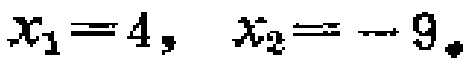
\(x_{1}=4,\ x_{2}=-9\)